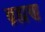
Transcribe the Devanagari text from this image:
ब्रह्मण